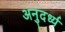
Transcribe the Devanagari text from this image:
अनुदर्ध्य